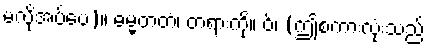
မလိုအပ်ပေ)။ ဓမ္မတတံ၊ တရားကို။ ဝ်၊ (ဤစကားလုံးသည်